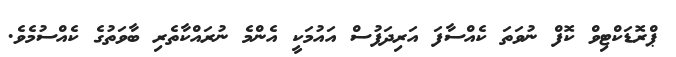
ޕްރޮޑަކްޓިވް ކޮފް ނުވަތަ ކެއްސާފަ އަރިދަފުސް އައުމަކީ އެންމެ ނުރައްކާތެރި ބާވަތުގެ ކެއްސުމެވެ.